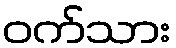
ဝက်သား